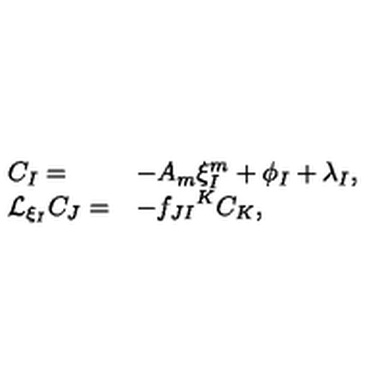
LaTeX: \begin{array} { l l } { C _ { I } = } & { - A _ { m } \xi _ { I } ^ { m } + \phi _ { I } + \lambda _ { I } , } \\ { { \cal L } _ { \xi _ { I } } C _ { J } = } & { - { f _ { J I } } ^ { K } C _ { K } , } \\ \end{array}